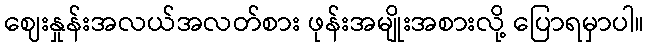
ဈေးနှုန်းအလယ်အလတ်စား ဖုန်းအမျိုးအစားလို့ ပြောရမှာပါ။